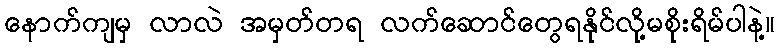
နောက်ကျမှ လာလဲ အမှတ်တရ လက်ဆောင်တွေရနိုင်လို့မစိုးရိမ်ပါနဲ့။